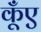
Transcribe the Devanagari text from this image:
कूँए